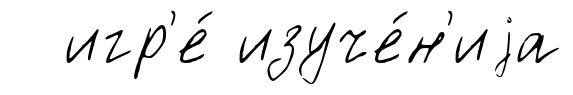
игр'е́ изуче́н'иjа